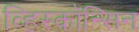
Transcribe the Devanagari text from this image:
व्हिस्कॉन्सिन